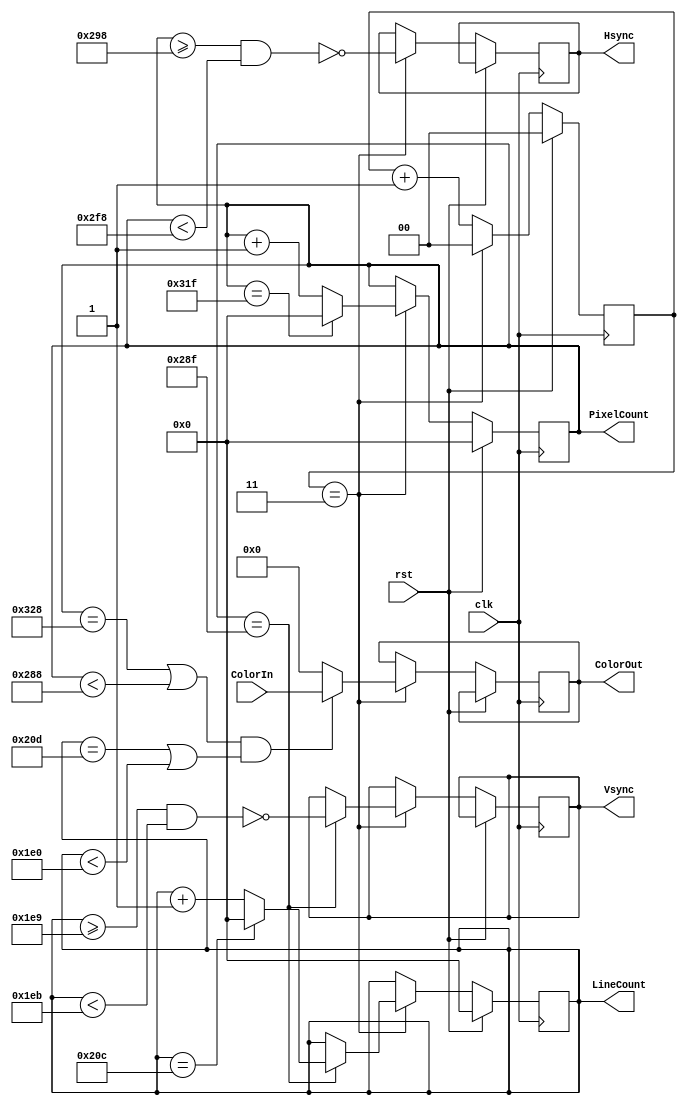
module VGA_SignalGen(clk, rst,ColorIn,  PixelCount, LineCount, Hsync,Vsync, ColorOut);
	input clk, rst;
	input [7:0] ColorIn;
	//output reg [subPixelCountNBITS-1:0] subPixelCount;
	reg [subPixelCountNBITS-1:0] subPixelCount;
	output reg [HorzPixNBITS-1:0] PixelCount;
	output reg [VertPixNBITS-1:0] LineCount;
	output reg Hsync;
	output reg Vsync;
	output reg [7:0] ColorOut;
	//output Active;
	// Initialization of registers
	initial subPixelCount = 0;
	initial PixelCount = 0;
	initial LineCount = 0;
	// Parameters
	parameter HorzPixelCount = 800;
	parameter HorzPixNBITS = 10; // Number of bits necessary to contain all 
	parameter VertPixelCount = 525;
	parameter VertPixNBITS = 10;
	parameter subPixelCountNBITS = 2;
	parameter subPixFreqDivision = 4; // Integer value by which 100MHz Clock Frequency is divided
	parameter HorzBackPorch = 48;
	parameter HorzFrontPorch = 16;
	parameter HorzActiveReg = 640;
	parameter VertBackPorch = 33;
	parameter VertFrontPorch = 10;
	parameter VertActiveReg = 480;
	parameter HSyncReg = 96;
	parameter VSyncReg = 2;
	
	
	//
	always @(posedge clk)
	begin
		// Reset Condition
		if (rst)
		begin
			subPixelCount <= {(subPixelCountNBITS){1'b0}}; //
			PixelCount <= {(HorzPixNBITS){1'b0}};
			LineCount <= {(VertPixNBITS){1'b0}};
		end
		else
		begin
			// Frequency Dividing Logic
			if(subPixelCount == (subPixFreqDivision-1))
				subPixelCount <= {(subPixelCountNBITS){1'b0}}; //
			else
				subPixelCount <=subPixelCount+1'b1;
			// Counting Logic
			if (subPixelCount == (subPixFreqDivision-1))
			begin
				//Increment Horizontal Counter
				if(PixelCount == (HorzPixelCount-1))
					PixelCount <= {{(HorzPixNBITS){1'b0}}};
				else
					PixelCount <= PixelCount + 1'b1;
					
				// Increment Vertical Counter
				if (PixelCount == (HorzActiveReg + HorzFrontPorch - 1) )// When Hsync pulse strikes
				begin
					// If max count reached, reset count
					if (LineCount == (VertPixelCount - 1))
						LineCount <= {(VertPixNBITS){1'b0}};
					// else increment count when Hsync pulse hits
					else
						LineCount <= LineCount + 1'b1;			
				
				// Sync Assignment
				Vsync <= ~(LineCount>=(VertActiveReg + VertFrontPorch - 1)  && LineCount <(VertActiveReg + VertFrontPorch +VSyncReg-1));
				end
				Hsync <= ~(PixelCount>=(HorzActiveReg + HorzFrontPorch +8)  && PixelCount <(HorzActiveReg + HorzFrontPorch +HSyncReg +8));
				ColorOut <= ((PixelCount == (HorzPixelCount+8) || PixelCount <HorzActiveReg+8) && (LineCount == VertPixelCount || LineCount <VertActiveReg))? ColorIn:8'd0;
			end
		end
	end
	
 
endmodule